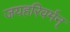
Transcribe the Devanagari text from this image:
जयहरिवर्मन्